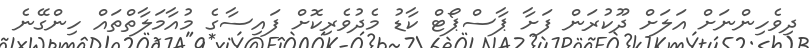
ދިވެހިންނަށް އަލަށް ދޫކުރަން ފަށާ ޕާސްޕޯޓް ކާޑު މެދުވެރިކޮށް ފައިސާގެ މުއާމަލާތްތައް ހިންގޭނެ